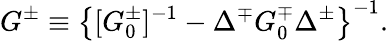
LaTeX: G^{\pm}\equiv\left\{ [G_{0}^{\pm}]^{-1}-\Delta^{\mp}G_{0}^{\mp}\Delta^{\pm}\right\} ^{-1}.